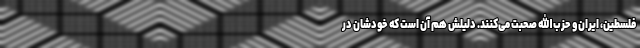
فلسطین، ایران و حزب‌الله صحبت می‌کنند. دلیلش هم آن است که خودشان در